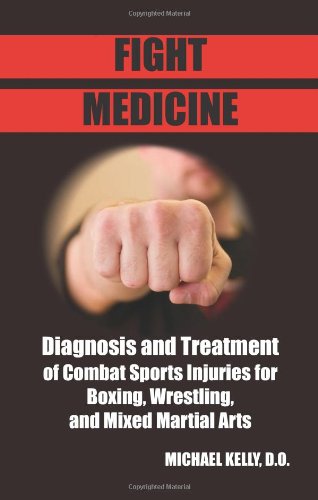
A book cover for Fight Medicine: Diagnosis and Treatment of Combat Sports Injuries for Boxing, Wrestling, and Mixed Martial Arts; Dr. Michael Kelly; Sports & Outdoors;